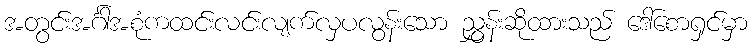
အတွင်းအင်္ဂါအစုံကထင်းလင်းလျက်လှပလွန်းသော ညွှန်းဆိုထားသည် ဒေါ်စောရှင်မှာ